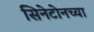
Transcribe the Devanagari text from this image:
सिनेटोनच्या